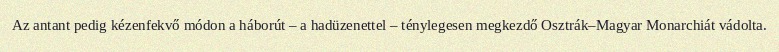
Az antant pedig kézenfekvő módon a háborút – a hadüzenettel – ténylegesen megkezdő Osztrák–Magyar Monarchiát vádolta.